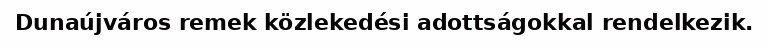
Dunaújváros remek közlekedési adottságokkal rendelkezik.